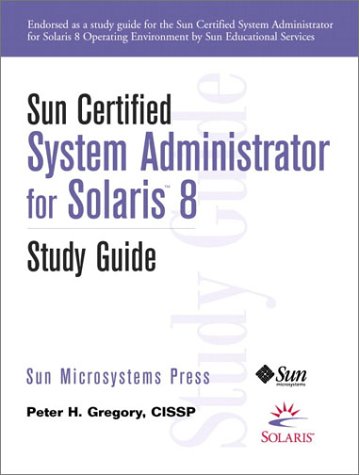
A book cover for Sun Certified System Administrator for Solaris 8 Study Guide; Peter H. Gregory; Computers & Technology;